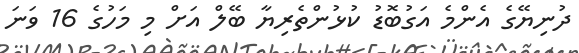
ދުނިޔޭގެ އެންމެ އަގުބޮޑު ކުޅުންތެރިޔާ ބޭލް އަށް މި މަހުގެ 16 ވަނަ